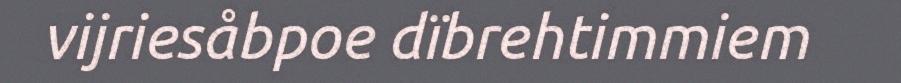
vijriesåbpoe dïbrehtimmiem